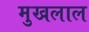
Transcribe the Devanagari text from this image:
मुखलाल